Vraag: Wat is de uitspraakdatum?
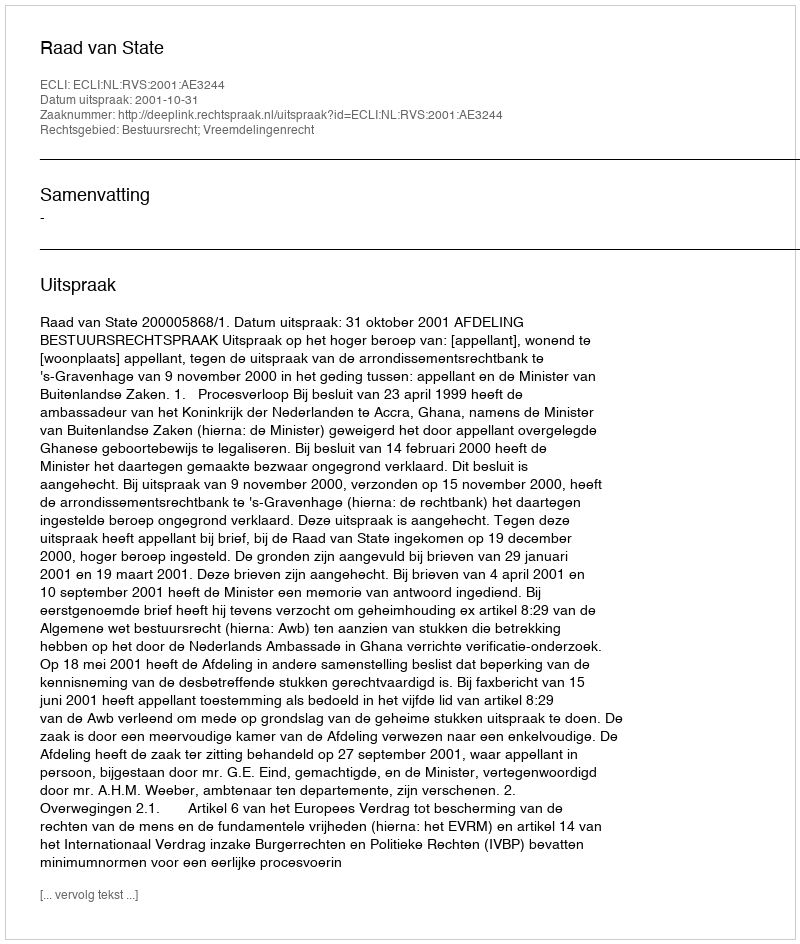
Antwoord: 2001-10-31